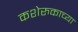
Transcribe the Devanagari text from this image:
कशेरुकाच्या